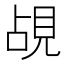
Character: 覘